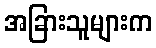
အခြားသူများက